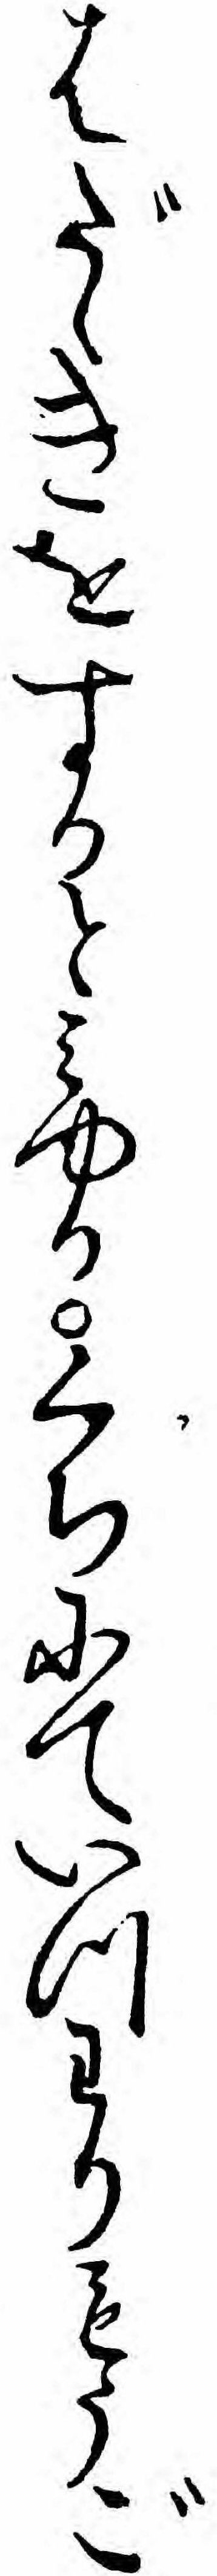
はだゝきをするとミゆるくちにていつわりもうご